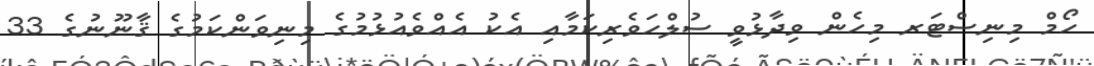
ހޯމް މިނިސްޓަރ މިހެން ވިދާޅުވީ ސުލްހަވެރިކަމާއި އެކު އެއްވެއުޅުމުގެ މިނިވަންކަމުގެ ޤާނޫނުގެ 33